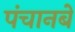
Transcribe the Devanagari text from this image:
पंचानबे